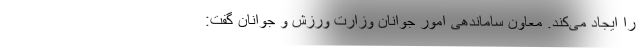
را ایجاد می‌کند. معاون ساماندهی امور جوانان وزارت ورزش و جوانان گفت: